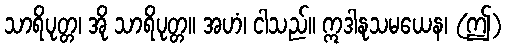
သာရိပုတ္တ၊ အို သာရိပုတ္တ။ အဟံ၊ ငါသည်။ ဣဒါနုသမယေန၊ (ဤ)